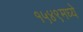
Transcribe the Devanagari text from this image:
१५४९मध्ये